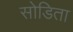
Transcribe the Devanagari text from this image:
सोडिता